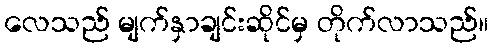
လေသည် မျက်နှာချင်းဆိုင်မှ တိုက်လာသည်။